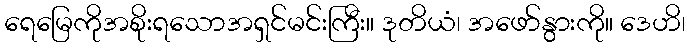
ရေမြေကိုအစိုးရသောအရှင်မင်းကြီး။ ဒုတိယံ၊ အဖော်နွားကို။ ဒေဟိ၊